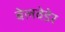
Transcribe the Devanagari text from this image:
बेलवेडेर